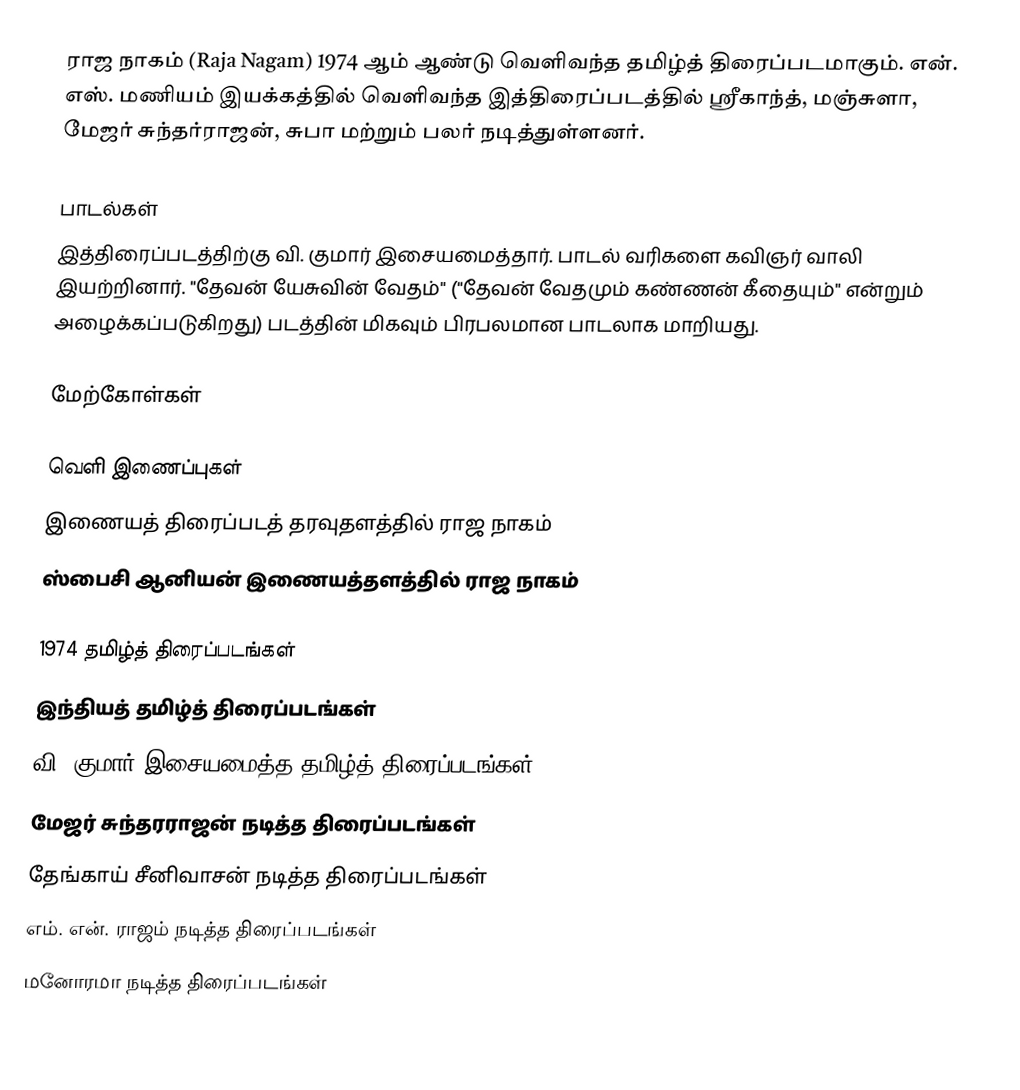
ராஜ நாகம் (Raja Nagam) 1974 ஆம் ஆண்டு வெளிவந்த தமிழ்த் திரைப்படமாகும். என். எஸ். மணியம் இயக்கத்தில் வெளிவந்த இத்திரைப்படத்தில் ஸ்ரீகாந்த், மஞ்சுளா, மேஜர் சுந்தர்ராஜன், சுபா மற்றும் பலர் நடித்துள்ளனர்.

பாடல்கள்
இத்திரைப்படத்திற்கு வி. குமார் இசையமைத்தார். பாடல் வரிகளை கவிஞர் வாலி இயற்றினார். "தேவன் யேசுவின் வேதம்" ("தேவன் வேதமும் கண்ணன் கீதையும்" என்றும் அழைக்கப்படுகிறது) படத்தின் மிகவும் பிரபலமான பாடலாக மாறியது.

மேற்கோள்கள்

வெளி இணைப்புகள்
 இணையத் திரைப்படத் தரவுதளத்தில் ராஜ நாகம்
 ஸ்பைசி ஆனியன் இணையத்தளத்தில் ராஜ நாகம்

1974 தமிழ்த் திரைப்படங்கள்
இந்தியத் தமிழ்த் திரைப்படங்கள்
வி. குமார் இசையமைத்த தமிழ்த் திரைப்படங்கள்
மேஜர் சுந்தரராஜன் நடித்த திரைப்படங்கள்
தேங்காய் சீனிவாசன் நடித்த திரைப்படங்கள்
எம். என். ராஜம் நடித்த திரைப்படங்கள்
மனோரமா நடித்த திரைப்படங்கள்